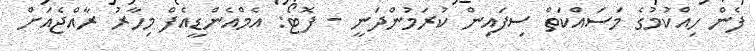
ފެން ހިއްކުމުގެ މަސައްކަތް ސިފައިން ކުރަމުންދަނީ - ފޮޓޯ: އެމްއެންޑީއެފް މިހާރު ރާއްޖެއަށް